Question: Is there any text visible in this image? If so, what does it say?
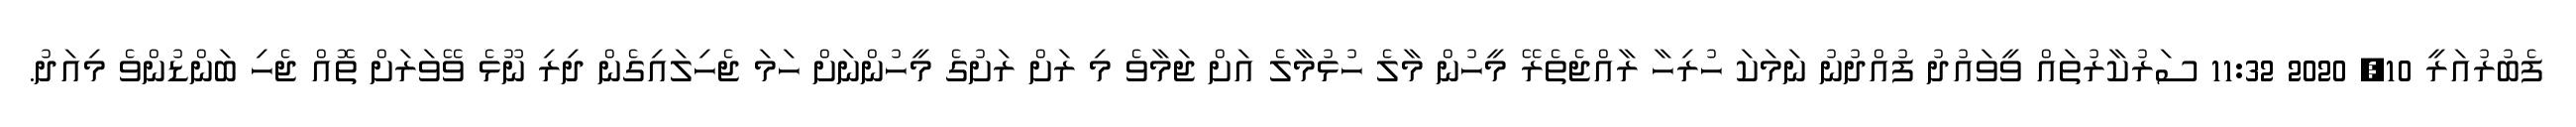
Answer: ފެބުރުއަރީ 10, 2020 11:32 ސަރުކާރުތައް ވީވައުދު ފުއްދުނު ނަމަކަ ހުރިހާ ރާއްޖެތެރޭ މީހުން މާލެ ހުޅުމާލެ އަށް ޖަމާވެ މި ރަށް ރަށުގެ މީހުންނަށް ހަމަ ޖެހިލައިގެން ދިރި ނޫޅެ ވޭވަރަށް ތޮއް ޖެހި ބަންޑުންވެ މިއަދު.